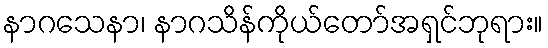
နာဂသေနာ၊ နာဂသိန်ကိုယ်တော်အရှင်ဘုရား။